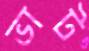
ভাট